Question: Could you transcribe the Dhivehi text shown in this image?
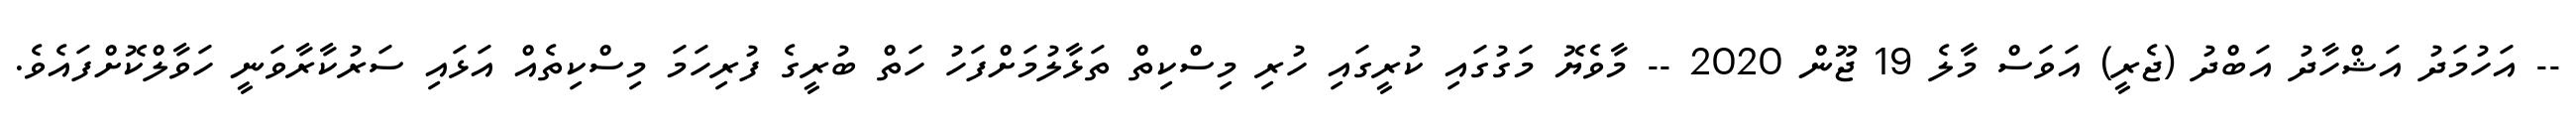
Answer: -- އަހުމަދު އަޝްހާދު އަބްދު (ޖެރީ) އަވަސް މާލެ 19 ޖޫން 2020 -- މާވެޔޮ މަގުގައި ކުރީގައި ހުރި މިސްކިތް ތަޅާލުމަށްފަހު ހަތް ބުރީގެ ފުރިހަމަ މިސްކިތެއް އަޅައި ސަރުކާރާވަނީ ހަވާލްކޮށްފައެވެ.